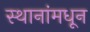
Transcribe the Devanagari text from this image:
स्थानांमधून